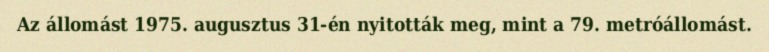
Az állomást 1975. augusztus 31-én nyitották meg, mint a 79. metróállomást.